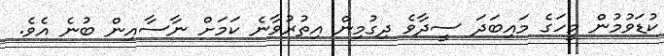
ކުޑަވުމުން މީހަގެ މައިބަދަ ސީދާވެ ދިގުމިން އިތުރުވާނެ ކަމަށް ނާސާއިން ބުނެ އެވެ.